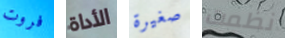
فروت الأداة صغيرة نظمت